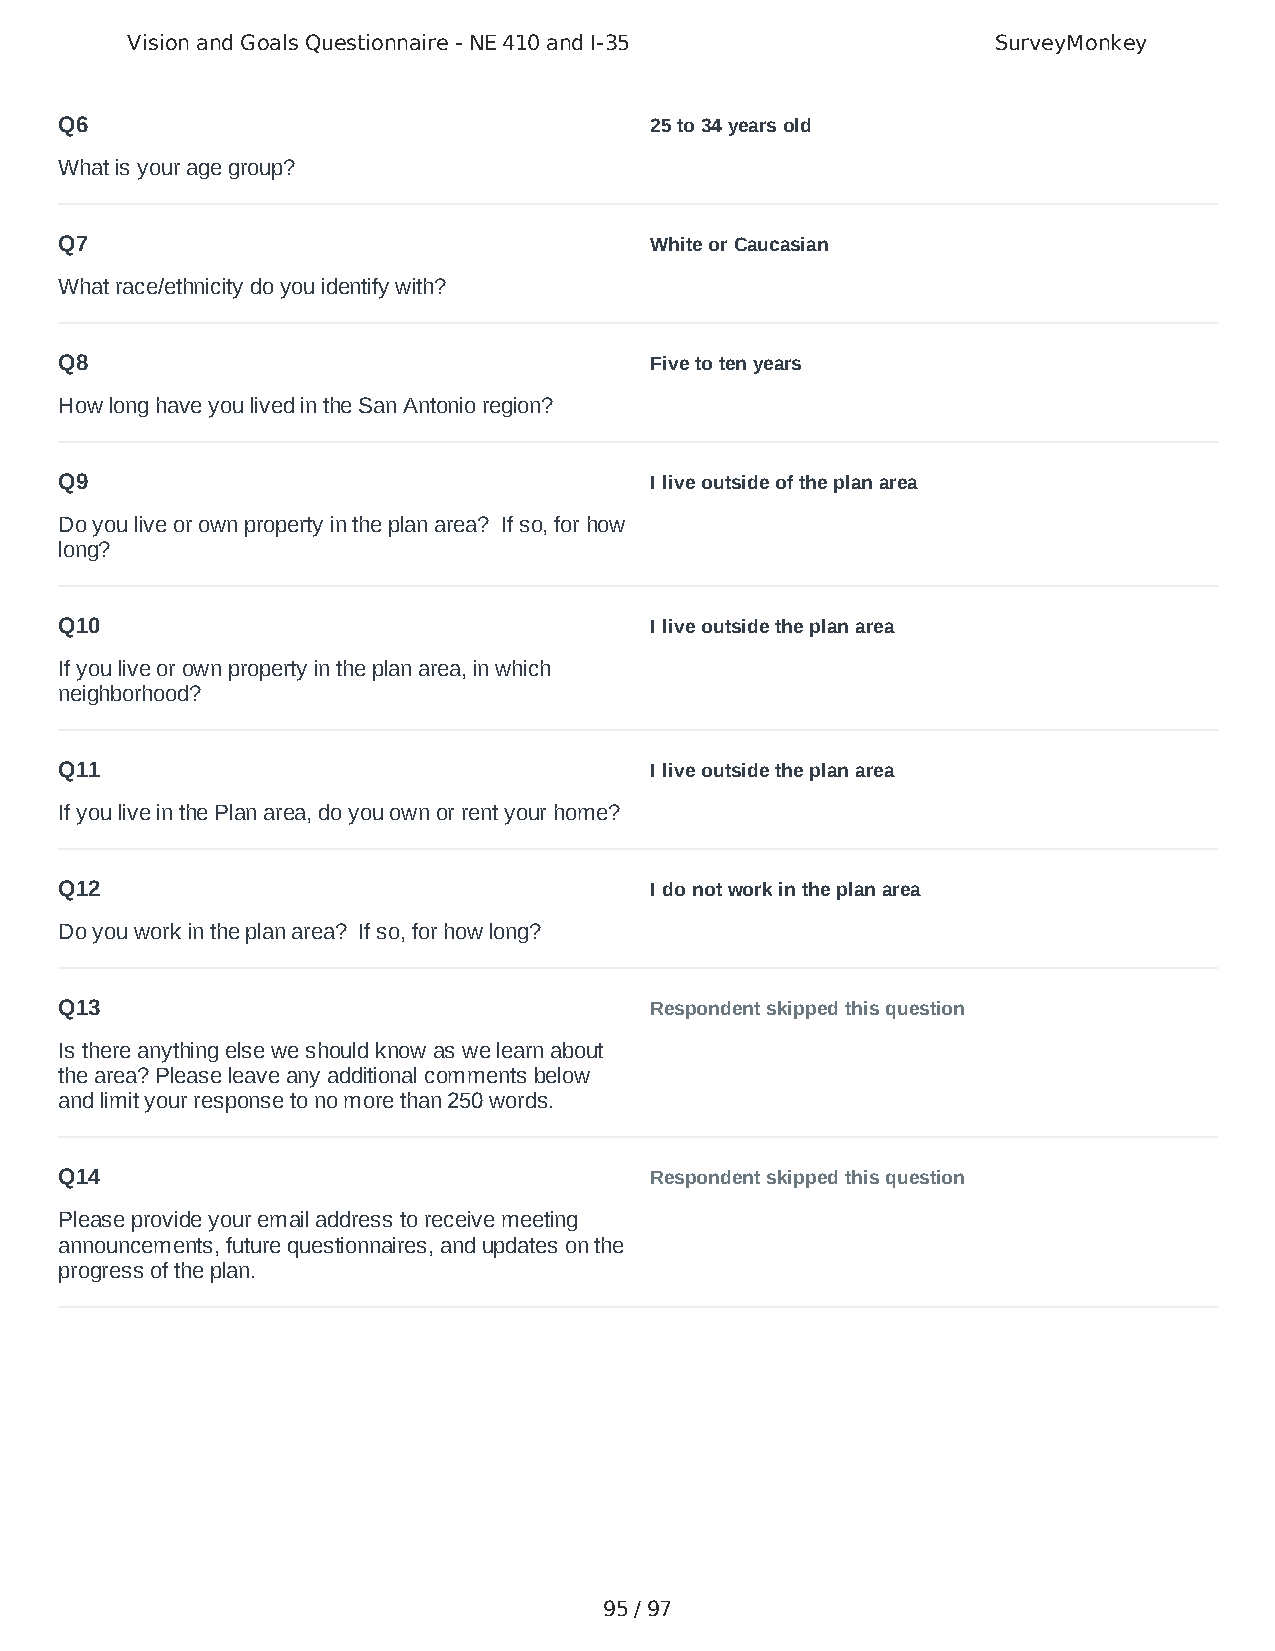
Vision and Goals Questionnaire - NE 410 and I-35          SurveyMonkey
 Q6                                     25 to 34 years old
 What is your age group?
 Q7                                     White or Caucasian
 What race/ethnicity do you identify with?
 Q8                                     Five to ten years
 How long have you lived in the San Antonio region?
 Q9                                     I live outside of the plan area
 Do you live or own property in the plan area? If so, for how
 long?
 Q10                                    I live outside the plan area
 If you live or own property in the plan area, in which
 neighborhood?
 Q11                                    I live outside the plan area
 If you live in the Plan area, do you own or rent your home?
 Q12                                    I do not work in the plan area
 Do you work in the plan area? If so, for how long?
 Q13                                    Respondent skipped this question
 Is there anything else we should know as we learn about
 the area? Please leave any additional comments below
 and limit your response to no more than 250 words.
 Q14                                    Respondent skipped this question
 Please provide your email address to receive meeting
 announcements, future questionnaires, and updates on the
 progress of the plan.
 95 / 97